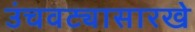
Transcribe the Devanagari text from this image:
उंचवट्यासारखे